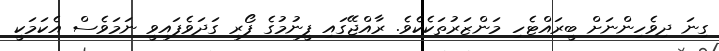
ގިނަ ދިވެހިންނަށް ބީރައްޓެހި މަންޒަރުތަކެކެވެ. ރާއްޖޭގައި ފީނުމުގެ ފޯރި ގަދަވެފައިވީ ނަމަވެސް އެކަމަކީ